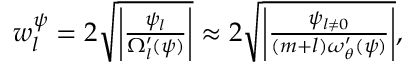
\begin{array} { r } { w _ { l } ^ { \psi } = 2 \sqrt { \left| \frac { \psi _ { l } } { \Omega _ { l } ^ { \prime } ( \psi ) } \right| } \approx 2 \sqrt { \left| \frac { \psi _ { l \ne 0 } } { ( m + l ) \omega _ { \theta } ^ { \prime } ( \psi ) } \right| } , } \end{array}